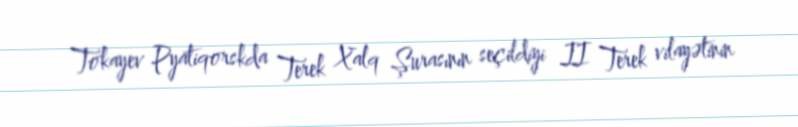
Tokayev Pyatiqorskda Terek Xalq Şurasının seçildiyi II Terek vilayətinin